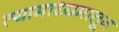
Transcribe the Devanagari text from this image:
त्यामाध्यमातून